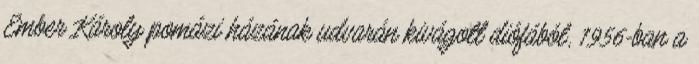
Ember Károly pomázi házának udvarán kivágott diófából, 1956-ban a